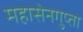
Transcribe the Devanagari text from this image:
महासेनगुप्ता